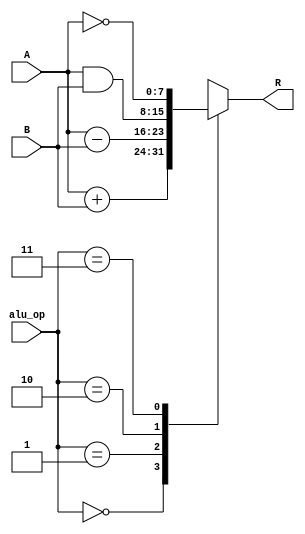
`timescale 1ns/1ns

module ALU(input signed [7:0] A, input signed [7:0] B, input [1:0] alu_op, output reg [7:0] R);

  always @(A, B, alu_op) begin
    case(alu_op)
      2'b00: R = A + B;
      2'b01: R = A - B;
      2'b10: R = A & B;
      2'b11: R = ~A;
    endcase
  end
endmodule